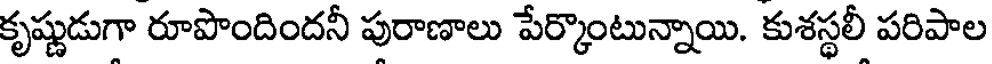
కృష్ణుడుగా రూపొందిందనీ పురాణాలు పేర్కొంటున్నాయి. కుశస్థలీ పరిపాల